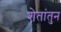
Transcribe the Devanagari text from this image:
शेतांतुन